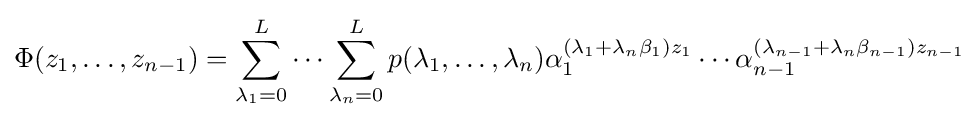
\Phi (z_{1},\ldots ,z_{n-1})=\sum _{\lambda _{1}=0}^{L}\cdots \sum _{\lambda _{n}=0}^{L}p(\lambda _{1},\ldots ,\lambda _{n})\alpha _{1}^{(\lambda _{1}+\lambda _{n}\beta _{1})z_{1}}\cdots \alpha _{n-1}^{(\lambda _{n-1}+\lambda _{n}\beta _{n-1})z_{n-1}}